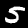
Digit: 5